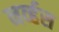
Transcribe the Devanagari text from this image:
नव्‍र्हस